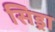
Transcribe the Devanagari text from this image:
सिड्रा